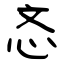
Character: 忞